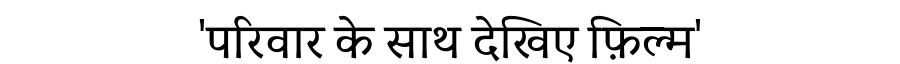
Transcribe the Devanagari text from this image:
'परिवार के साथ देखिए फ़िल्म'